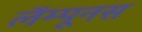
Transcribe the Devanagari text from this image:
लॅम्पूनस